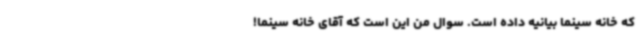
که خانه سینما بیانیه‌ داده است. سوال من این است که آقای خانه‌ سینما!